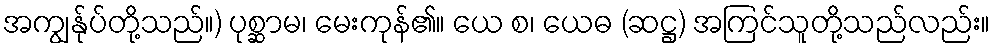
အကျွန်ုပ်တို့သည်။) ပုစ္ဆာမ၊ မေးကုန်၏။ ယေ စ၊ ယေဓ (ဆဋ္ဌ) အကြင်သူတို့သည်လည်း။